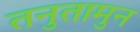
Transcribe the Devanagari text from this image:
तनुतामुन